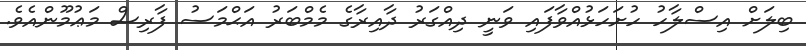
ބިލަށް އިސްލާހު ހުށަހަޅުއްވާފައި ވަނީ ދިއްގަރު ދާއިރާގެ މެމްބަރު އަޙްމަސު ފާރިސް މަޢުމޫންއެވެ.